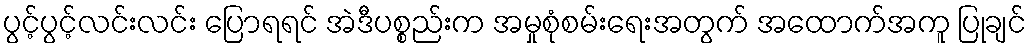
ပွင့်ပွင့်လင်းလင်း ပြောရရင် အဲဒီပစ္စည်းက အမှုစုံစမ်းရေးအတွက် အထောက်အကူ ပြုချင်